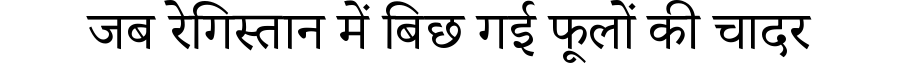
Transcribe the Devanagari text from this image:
जब रेगिस्तान में बिछ गई फूलों की चादर